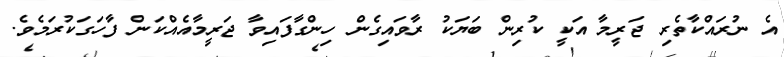
އެ ނުރައްކާތެރި ޖަރީމާ އަކީ ކުރިން ބަޔަކު ރާވައިގެން ހިންގާފައިވާ ޖަރީމާއެއްކަން ފާހަގަކުރަމެވެ.